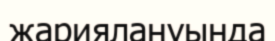
жариялануында